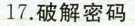
17.破解密码